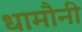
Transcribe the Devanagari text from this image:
धामौनी